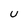
Character: U